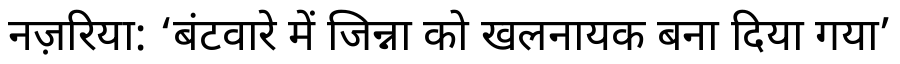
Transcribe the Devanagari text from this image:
नज़रिया: ‘बंटवारे में जिन्ना को खलनायक बना दिया गया’